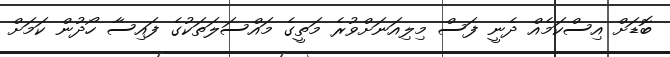
ބޮޑަށް އިސްކަމެއް ދެނީ ފަސް މިލިއަނަށްވުރެ މަތީގެ މައްސަލަތަކުގެ ފައިސާ ހޯދުން ކަމަށް